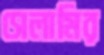
সেলামির